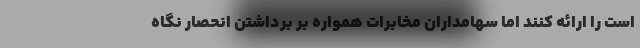
است را ارائه کنند اما سهامداران مخابرات همواره بر برداشتن انحصار نگاه